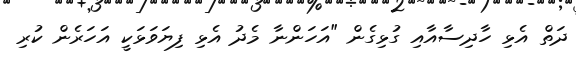
ދަތް އެޅި ހާދިސާއާއި ގުޅިގެން "އަހަންނާ މެދު އެޅި ފިޔަވަޅަކީ އަހަރެން ކުރި